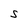
Character: S